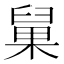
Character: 𰯹